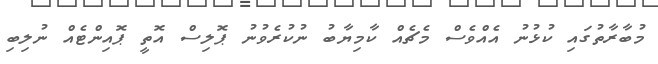
މުބާރާތުގައި ކުޅުނު އެއްވެސް މެޗެއް ކާމިޔާބު ނުކުރެވުނު ޕޮލިސް އޮތީ ޕޮއިންޓެއް ނުލިބި